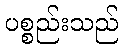
ပစ္စည်းသည်